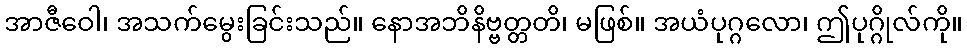
အာဇီဝေါ၊ အသက်မွေးခြင်းသည်။ နောအဘိနိဗ္ဗတ္တတိ၊ မဖြစ်။ အယံပုဂ္ဂလော၊ ဤပုဂ္ဂိုလ်ကို။